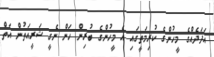
އަދަދެއްގެ މީހުންގެ ކުރިމަތީގައި އެ މީހުންގެ ބުރިން ހަން ނެގީ ޝަރީއަތުން އަތް